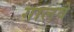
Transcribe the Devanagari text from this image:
गालवे